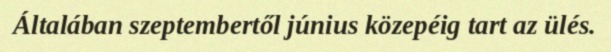
Általában szeptembertől június közepéig tart az ülés.